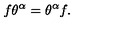
f \theta ^ { \alpha } = \theta ^ { \alpha } f .